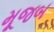
મૂજબ